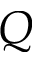
Q